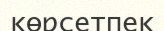
көрсетпек